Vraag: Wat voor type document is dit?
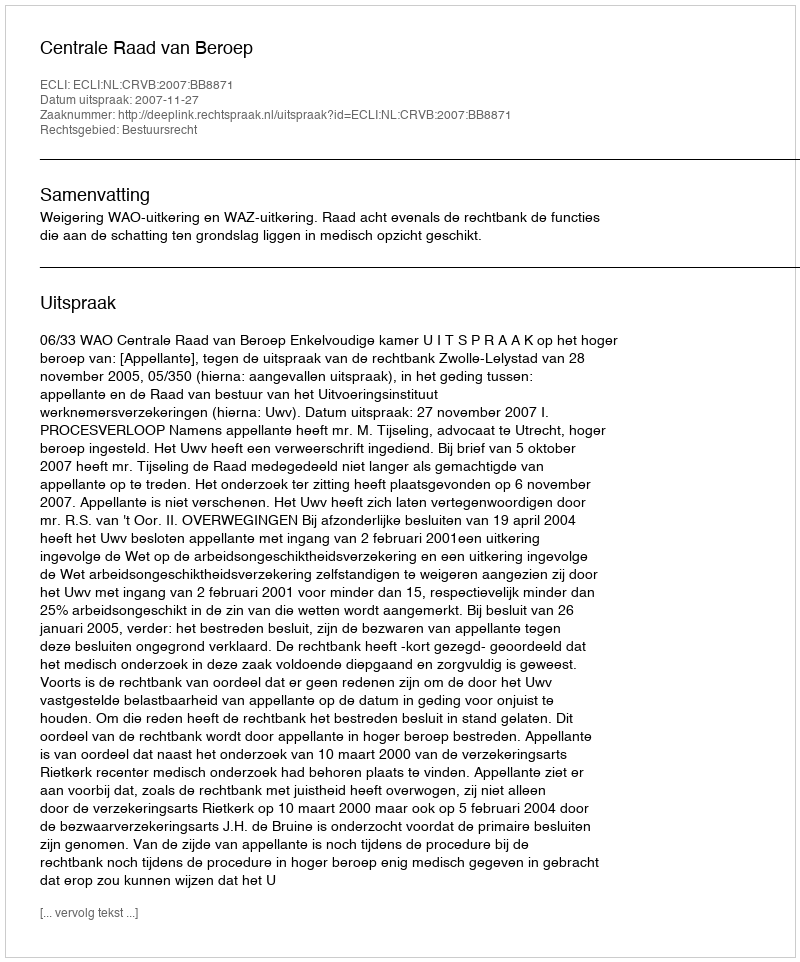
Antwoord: Uitspraak